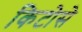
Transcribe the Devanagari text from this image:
किटोसे